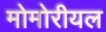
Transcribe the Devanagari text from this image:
मोमोरीयल